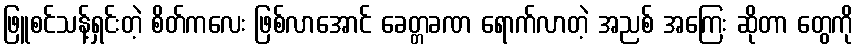
ဖြူစင်သန့်ရှင်းတဲ့ စိတ်ကလေး ဖြစ်လာအောင် ခေတ္တခဏ ရောက်လာတဲ့ အညစ် အကြေး ဆိုတာ တွေကို